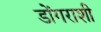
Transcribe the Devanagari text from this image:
डोंगराशी